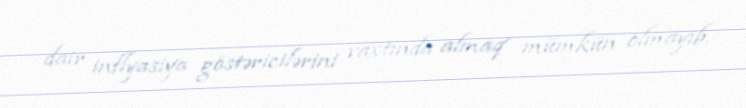
dair inflyasiya göstəricilərini vaxtında almaq mümkün olmayıb.